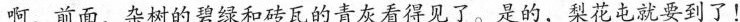
啊，前面，杂树的碧绿和砖瓦的青灰看得见了。是的，梨花屯就要到了！